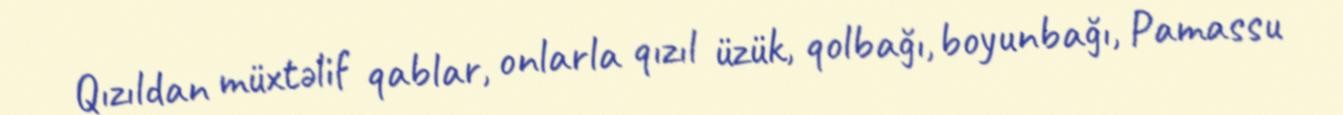
Qızıldan müxtəlif qablar, onlarla qızıl üzük, qolbağı, boyunbağı, Pamassu